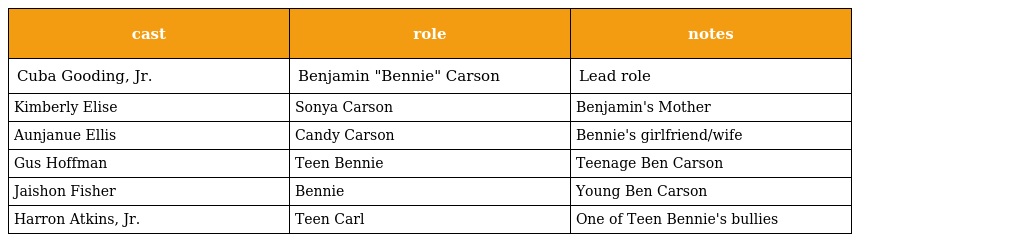
| cast | role | notes |
 | --- | --- | --- |
 | Cuba Gooding, Jr. | Benjamin "Bennie" Carson | Lead role |
 | Kimberly Elise | Sonya Carson | Benjamin's Mother |
 | Aunjanue Ellis | Candy Carson | Bennie's girlfriend/wife |
 | Gus Hoffman | Teen Bennie | Teenage Ben Carson |
 | Jaishon Fisher | Bennie | Young Ben Carson |
 | Harron Atkins, Jr. | Teen Carl | One of Teen Bennie's bullies |